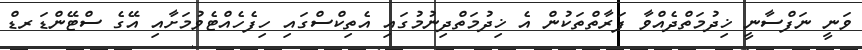
ވަނީ ނަފްސާނީ ޚިދުމަތްދެއްވާ ފަރާތްތަކުން އެ ޚިދުމަތްދިނުމުގައި އެތިކްސްގައި ހިފެހެއްޓެވުމަށާއި އޭގެ ސްޓޭންޑަރޑް